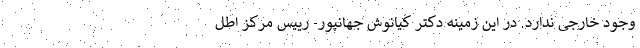
وجود خارجی ندارد. در این زمینه دکتر کیانوش جهانپور- رییس مرکز اطل